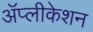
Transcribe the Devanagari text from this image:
ॲप्लीकेशन